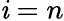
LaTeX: \mathit{i}=n